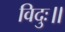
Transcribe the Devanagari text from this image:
विदुः॥